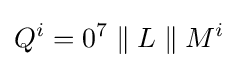
Q^{i}=0^{7}\parallel L\parallel M^{i}